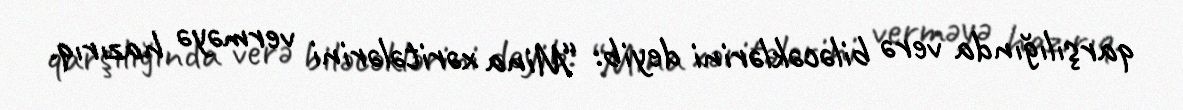
qarşılığında verə biləcəklərini deyib: “Mina xəritələrini verməyə hazırıq.